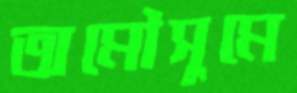
অমৌসুমে